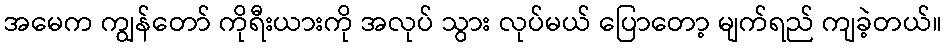
အမေက ကျွန်တော် ကိုရီးယားကို အလုပ် သွား လုပ်မယ် ပြောတော့ မျက်ရည် ကျခဲ့တယ်။